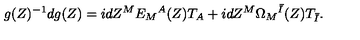
g ( Z ) ^ { - 1 } d g ( Z ) = i d Z ^ { M } E _ { M } { } ^ { A } ( Z ) T _ { A } + i d Z ^ { M } \Omega _ { M } { } ^ { \bar { I } } ( Z ) T _ { \bar { I } } .